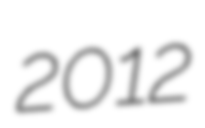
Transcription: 2012